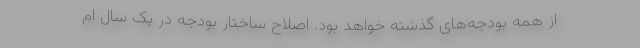
از همه بودجه‌های گذشته خواهد بود. اصلاح ساختار بودجه در یک سال ام